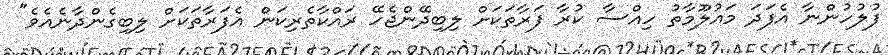
ފުލުހުންނާ އެފަދަ މައުލޫމާތު ހިއްސާ ކުރާ ފަރާތަކަށް ލިބިދޭންޖެހޭ ރައްކާތެރިކަން އެފަރާތަކަށް ލިބިގެންދާނެއެވެ"